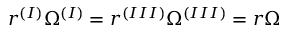
r ^ { ( I ) } \Omega ^ { ( I ) } = r ^ { ( I I I ) } \Omega ^ { ( I I I ) } = r \Omega